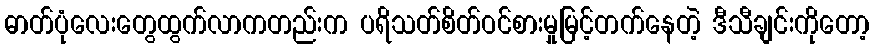
ဓာတ်ပုံလေးတွေထွက်လာကတည်းက ပရိသတ်စိတ်ဝင်စားမှုမြင့်တက်နေတဲ့ ဒီသီချင်းကိုတော့